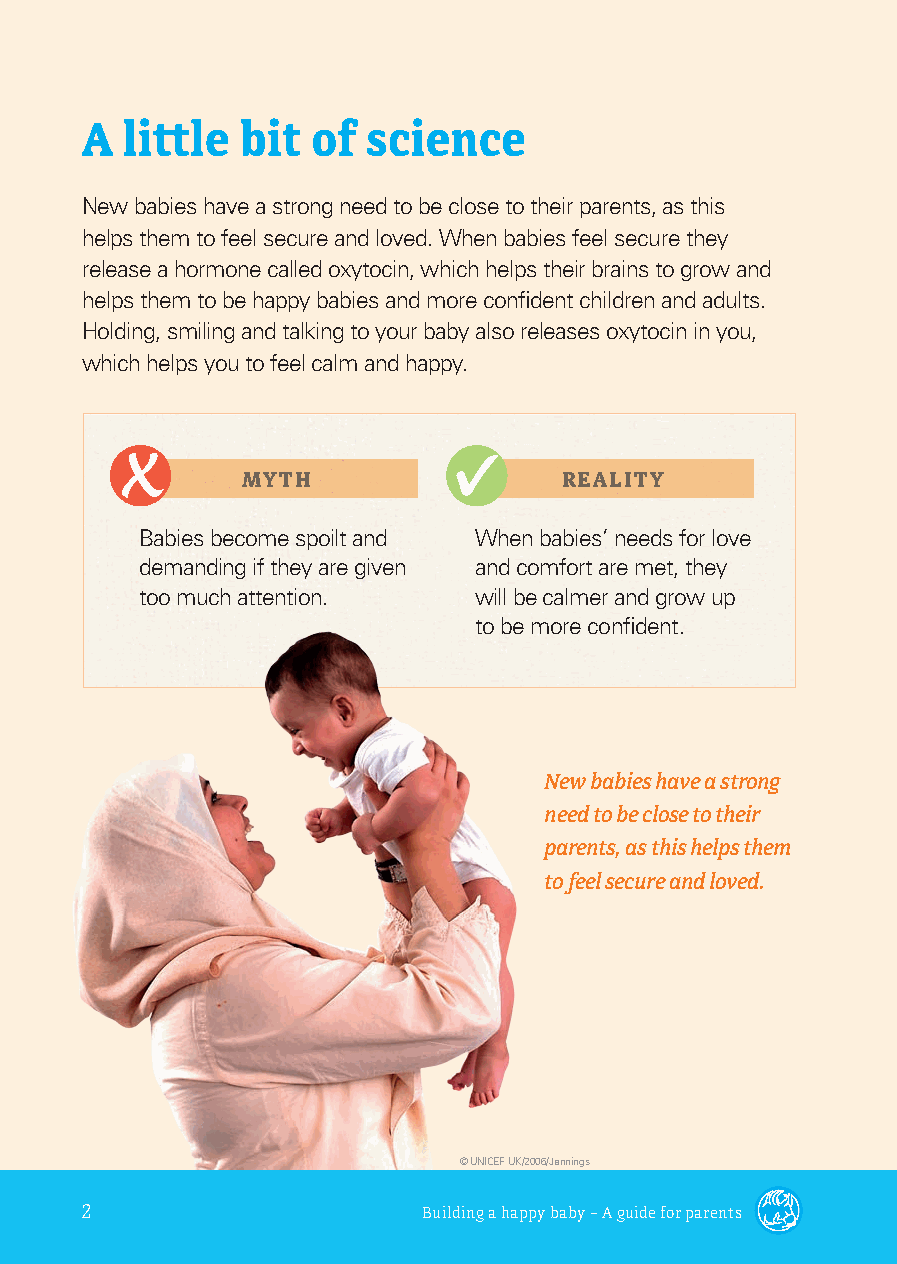
A  litt le bit of  science
 New babies have a strong need to be close to their parents, as this
 helps them to feel secure and loved. When babies feel secure they
 release a hormone called oxytocin, which helps their brains to grow and
 helps them to be happy babies and more confi dent children and adults.
 Holding, smiling and talking to your baby also releases oxytocin in you,
 which helps you to feel calm and happy.
 MYTH                 REALITY
 Babies become spoilt and When babies’ needs for love
 demanding if they are given and comfort are met, they
 too much attention.   will be calmer and grow up
 to be more confi dent.
 New babies have a strong
 need to be close to their
 parents, as this helps them
 to feel secure and loved.
 © UNICEF UK/2006/Jennings
 2                     Building a happy baby – A guide for parents
 parents_leaflet-AW.indd 2                        10/06/2014 15:33